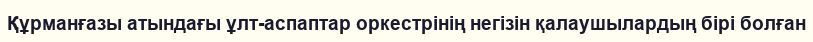
Құрманғазы атындағы ұлт-аспаптар оркестрінің негізін қалаушылардың бірі болған